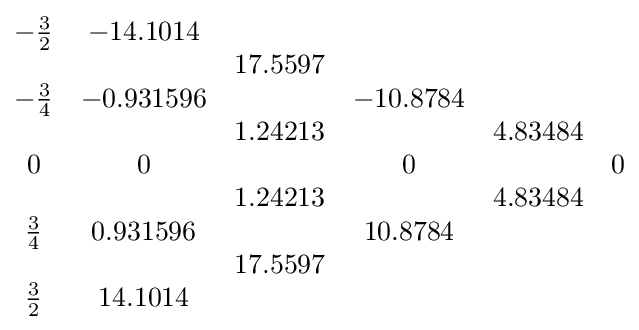
{\begin{matrix}-{\tfrac {3}{2}}&-14.1014&&&&\\&&17.5597&&&\\-{\tfrac {3}{4}}&-0.931596&&-10.8784&&\\&&1.24213&&4.83484&\\0&0&&0&&0\\&&1.24213&&4.83484&\\{\tfrac {3}{4}}&0.931596&&10.8784&&\\&&17.5597&&&\\{\tfrac {3}{2}}&14.1014&&&&\\\end{matrix}}